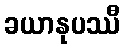
ခယာနုပဿီ